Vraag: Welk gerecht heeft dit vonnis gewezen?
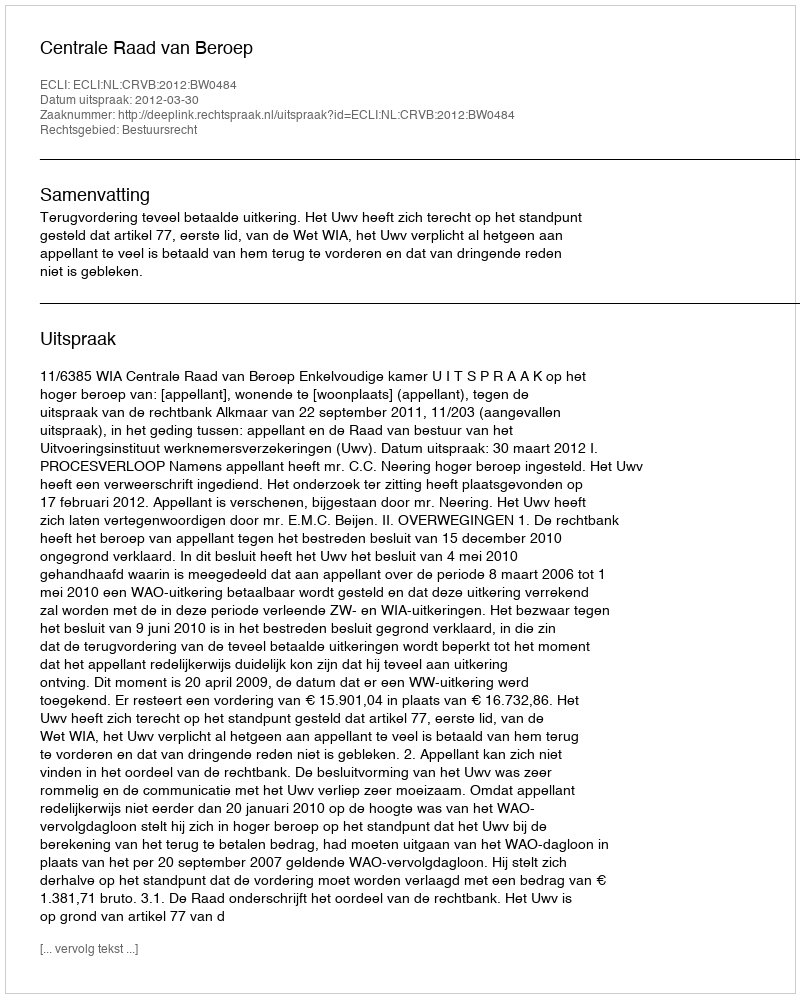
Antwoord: Centrale Raad van Beroep